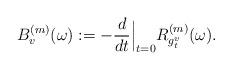
LaTeX: \begin{align*}B_v^{(m)}(\omega):=-\frac{d}{dt}\Big|_{t=0} R^{(m)}_{g_t^v}(\omega).\end{align*}